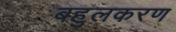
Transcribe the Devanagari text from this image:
बहुलकरण